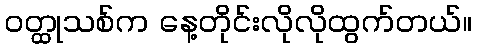
ဝတ္ထုသစ်က နေ့တိုင်းလိုလိုထွက်တယ်။